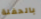
بالحفلة